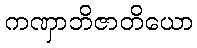
ကဏှာဘိဇာတိယော